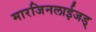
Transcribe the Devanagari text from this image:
मारजिनलाईजड्